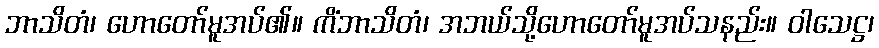
ဘာသိတံ၊ ဟောတော်မူအပ်၏။ ကိံဘာသိတံ၊ အဘယ်သို့ဟောတော်မူအပ်သနည်း။ ဝါသေဋ္ဌ၊